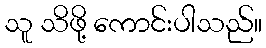
သူ သိဖို့ ကောင်းပါသည်။